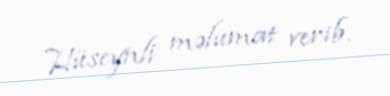
Hüseynli məlumat verib.